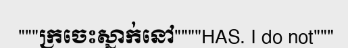
"""ក្រចេះស្នាក់នៅ""""HAS. I do not"""